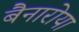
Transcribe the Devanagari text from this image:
बैनारोया